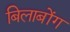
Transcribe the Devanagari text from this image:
बिलाबोंग